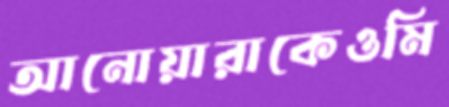
আনোয়ারাকেওমি